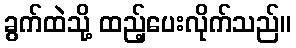
ခွက်ထဲသို့ ထည့်ပေးလိုက်သည်။